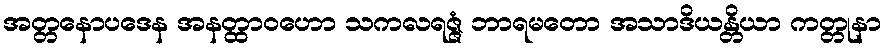
အတ္တနောပဒေန အနတ္ထာဝဟော သကလရဇ္ဇံ ဘာရမတော အသာဒိယန္တိယာ ကတ္တုနာ